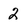
Character: 2